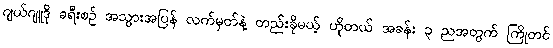
ဂျယ်ဂျူဒို ခရီးစဉ် အသွားအပြန် လက်မှတ်နဲ့ တည်းခိုမယ့် ဟိုတယ် အခန်း ၃ ညအတွက် ကြိုတင်